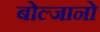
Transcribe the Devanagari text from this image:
बोल्जानो